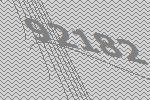
92182